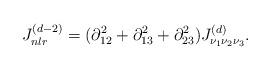
LaTeX: \begin{align*}J^{(d-2)}_{n l r}=(\partial^2_{12} +\partial^2_{13} +\partial^2_{23})J^{(d)}_{\nu_1 \nu_2 \nu_3}.\end{align*}